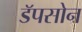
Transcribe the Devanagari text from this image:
डॅपसोन